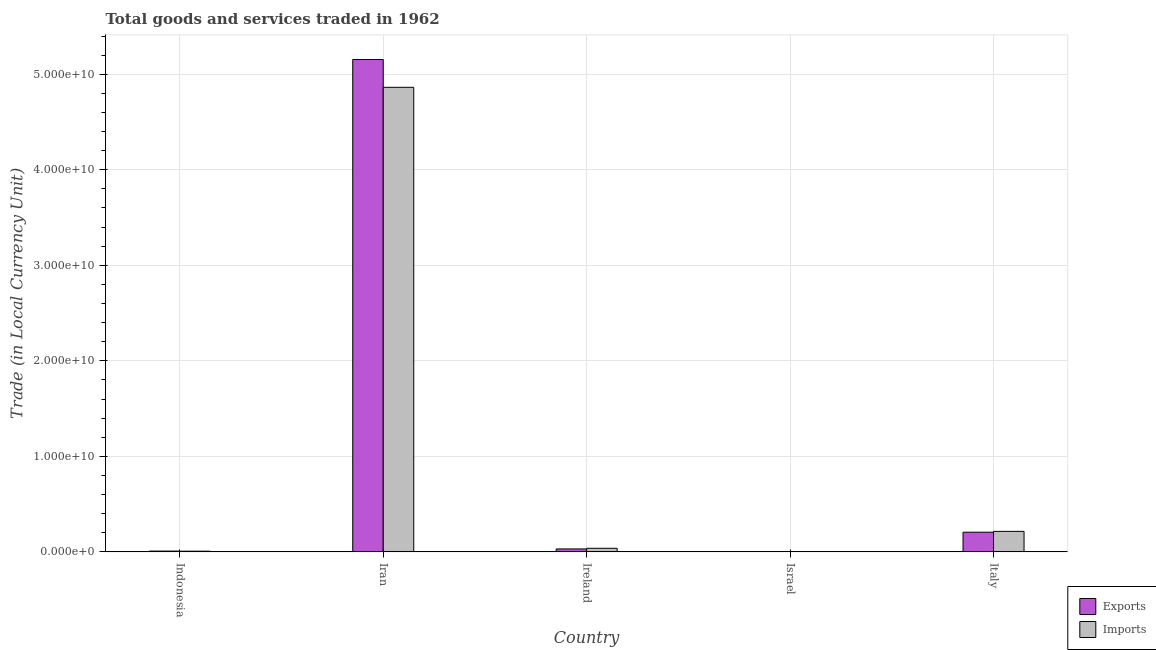
| Country | Exports | Imports |
 | --- | --- | --- |
 | Indonesia | 8.19e+07 | 7.2e+07 |
 | Iran | 5.15e+10 | 4.86e+10 |
 | Ireland | 3.07e+08 | 3.78e+08 |
 | Israel | 1.34e+05 | 1.26e+05 |
 | Italy | 2.06e+09 | 2.15e+09 |